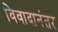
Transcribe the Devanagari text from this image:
विवादानंतर